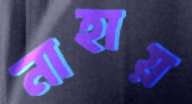
নাহায়